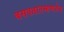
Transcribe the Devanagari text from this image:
बसवतातम्हणजेच